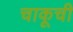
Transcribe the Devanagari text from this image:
चाकूची